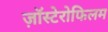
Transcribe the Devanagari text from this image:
ज़ॉस्टेरोफिलम